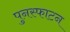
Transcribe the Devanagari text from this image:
पुनस्फाटन